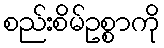
စည်းစိမ်ဥစ္စာကို